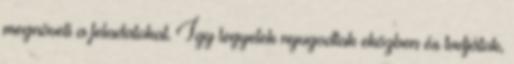
megnöveli a feladatokat. Így legyetek nyugodtak eközben és tudjátok,